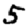
Digit: 5